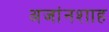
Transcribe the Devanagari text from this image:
अजांनशाह